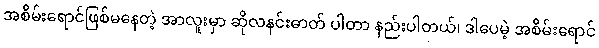
အစိမ်းရောင်ဖြစ်မနေတဲ့ အာလူးမှာ ဆိုလနင်းဓာတ် ပါတာ နည်းပါတယ်၊ ဒါပေမဲ့ အစိမ်းရောင်